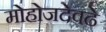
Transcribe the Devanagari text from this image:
मोहोजदेवढे